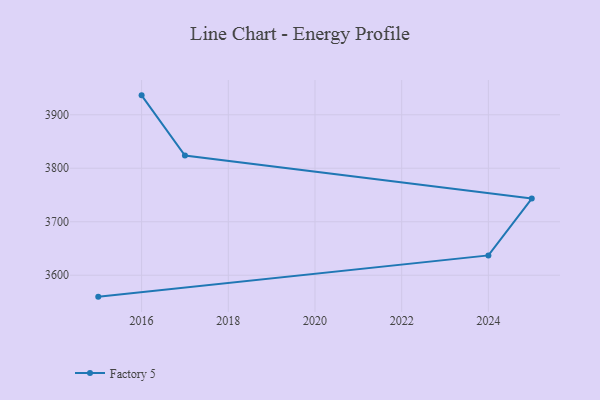
{"axis": {"x": "Year", "y": "Bounce Rate (%)"}, "legend": ["Factory 5"], "data": [{"x": "2016", "y": 3936.3, "type": "Factory 5"}, {"x": "2017", "y": 3823.8, "type": "Factory 5"}, {"x": "2025", "y": 3743.4, "type": "Factory 5"}, {"x": "2024", "y": 3637.1, "type": "Factory 5"}, {"x": "2015", "y": 3560.0, "type": "Factory 5"}]}